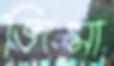
জিমা